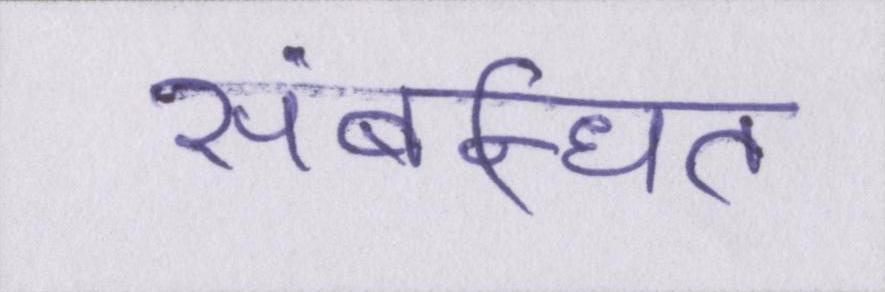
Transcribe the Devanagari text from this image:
संबन्धित